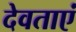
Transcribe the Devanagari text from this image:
देवताएं